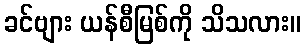
ခင်ဗျား ယန်စီမြစ်ကို သိသလား။